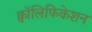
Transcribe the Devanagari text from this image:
क्वॉलिफिकेशन